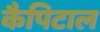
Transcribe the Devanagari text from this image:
कैपिटाल